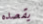
يقصده